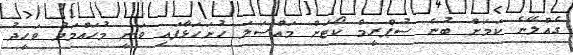
ގެއްލޭނެ ކަމަށް ބުނެ ސުޕްރީމް ކޯޓަށް މައްސަލަ ހުށަހަޅާފައި ވަނީ މުހައްމަދު ވަހީދު